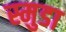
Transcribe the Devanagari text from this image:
स्मुडा